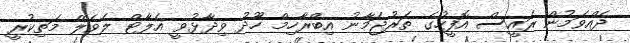
ދެއްވަމުން ރައީސް އޮފީހުގެ ތަރުޖަމާނު އިބްރާހިމް ހޫދު ވިދާޅުވީ އެލާޓް ލެވެލް މަތިކުރީ